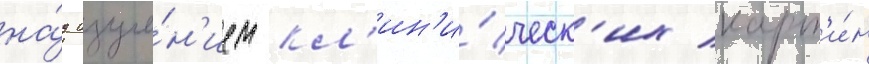
на́д изуче́н'ием кл'ин'и́ческ'их карт'и́н